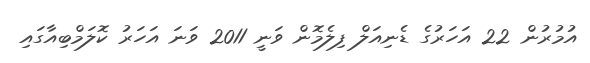
އުމުރުން 22 އަަހަރުގެ ޑެނިއަލް ފިލެމޮން ވަނީ 2011 ވަނަ އަހަރު ކޮލަމްބިއާގައި